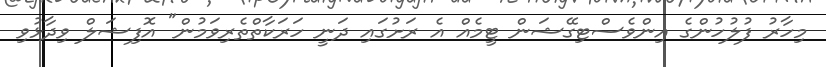
މިހާރު ފުލުހުންގެ އިންވެސްޓިގޭޝަން ޓީމެއް އެ ރަށުގައި ދަނީ ހަރަކާތްތެރިވަމުން" އޮފިޝަލް ވިދާޅުވި